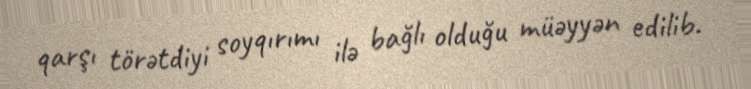
qarşı törətdiyi soyqırımı ilə bağlı olduğu müəyyən edilib.